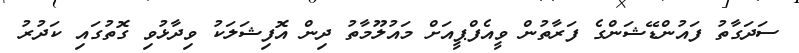
ސަދަގާތު ފައުންޑޭޝަންގެ ފަރާތުން ވީއެފްޕީއަށް މައުލޫމާތު ދިން އޮފިޝަލަކު ވިދާޅުވި ގޮތުގައި ކަދުރު